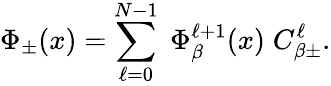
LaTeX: \Phi_{\pm}(x)=\sum_{\ell=0}^{N-1}\; \Phi_{\beta}^{\ell+1}(x)\; C_{\beta\pm}^{\ell}.